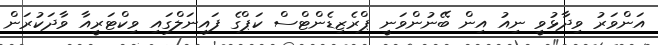
އަންވަރު ވިދާޅުވީ ނިއު އިން ބޭނުންވަނީ ޕްރެޒިޑެންޓްސް ކަޕްގެ ފައިނަލްގައި ވިކްޓަރީއާ ވާދަކުރަން